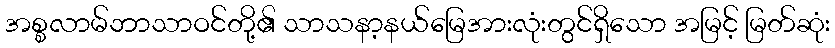
အစ္စလာမ်ဘာသာဝင်တို့၏ သာသနာ့နယ်မြေအားလုံးတွင်ရှိသော အမြင့် မြတ်ဆုံး